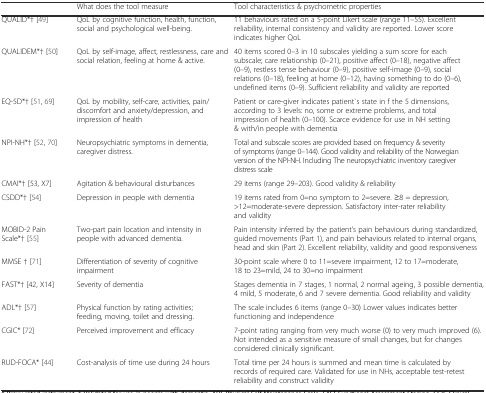
<table><thead><tr><td>[EMPTY_CELL]</td><td><b>What does the tool measure</b></td><td><b>Tool characteristics &amp; psychometric properties</b></td></tr></thead><tbody><tr><td>QUALID*† [49]</td><td>QoL by cognitive function, health, function, social and psychological well-being.</td><td>11 behaviours rated on a 5-point Likert scale (range 11–55). Excellent reliability, internal consistency and validity are reported. Lower score indicates higher QoL</td></tr><tr><td>QUALIDEM*† [50]</td><td>QoL by self-image, affect, restlessness, care and social relation, feeling at home &amp; active.</td><td>40 items scored 0–3 in 10 subscales yielding a sum score for each subscale; care relationship (0–21), positive affect (0–18), negative affect (0–9), restless tense behaviour (0–9), positive self-image (0–9), social relations (0–18), feeling at home (0–12), having something to do (0–6), undefined items (0–9). Sufficient reliability and validity are reported</td></tr><tr><td>EQ-5D*† [51, 69]</td><td>QoL by mobility, self-care, activities, pain/discomfort and anxiety/depression, and impression of health</td><td>Patient or care-giver indicates patient`s state in f the 5 dimensions, according to 3 levels: no, some or extreme problems, and total impression of health (0–100). Scarce evidence for use in NH setting &amp; with/in people with dementia</td></tr><tr><td>NPI-NH*† [52, 70]</td><td>Neuropsychiatric symptoms in dementia, caregiver distress.</td><td>Total and subscale scores are provided based on frequency &amp; severity of symptoms (range 0–144). Good validity and reliability of the Norwegian version of the NPI-NH. Including The neuropsychiatric inventory caregiver distress scale</td></tr><tr><td>CMAI*† [53, X7]</td><td>Agitation &amp; behavioural disturbances</td><td>29 items (range 29–203). Good validity &amp; reliability</td></tr><tr><td>CSDD*† [54]</td><td>Depression in people with dementia</td><td>19 items rated from 0=no symptom to 2=severe. ≥8 = depression, &gt;12=moderate-severe depression. Satisfactory inter-rater reliability and validity</td></tr><tr><td>MOBID-2 Pain Scale*† [55]</td><td>Two-part pain location and intensity in people with advanced dementia.</td><td>Pain intensity inferred by the patient’s pain behaviours during standardized, guided movements (Part 1), and pain behaviours related to internal organs, head and skin (Part 2). Excellent reliability, validity and good responsiveness</td></tr><tr><td>MMSE † [71]</td><td>Differentiation of severity of cognitive impairment</td><td>30-point scale where 0 to 11=severe impairment, 12 to 17=moderate, 18 to 23=mild, 24 to 30=no impairment</td></tr><tr><td>FAST*† [42, X14]</td><td>Severity of dementia</td><td>Stages dementia in 7 stages, 1 normal, 2 normal ageing, 3 possible dementia, 4 mild, 5 moderate, 6 and 7 severe dementia. Good reliability and validity</td></tr><tr><td>ADL*† [57]</td><td>Physical function by rating activities; feeding, moving, toilet and dressing.</td><td>The scale includes 6 items (range 0–30) Lower values indicates better functioning and independence</td></tr><tr><td>CGIC* [72]</td><td>Perceived improvement and efficacy</td><td>7-point rating ranging from very much worse (0) to very much improved (6). Not intended as a sensitive measure of small changes, but for changes considered clinically significant.</td></tr><tr><td>RUD-FOCA* [44]</td><td>Cost-analysis of time use during 24 hours</td><td>Total time per 24 hours is summed and mean time is calculated by records of required care. Validated for use in NHs, acceptable test-retest reliability and construct validity</td></tr></tbody></table>